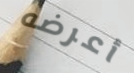
أعرضه